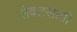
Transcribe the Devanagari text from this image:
सेवतसामी